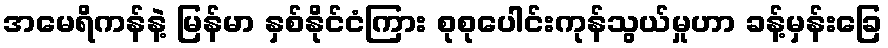
အမေရိကန်နဲ့ မြန်မာ နှစ်နိုင်ငံကြား စုစုပေါင်းကုန်သွယ်မှုဟာ ခန့်မှန်းခြေ